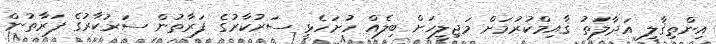
އިންތިޤާލީ އަދާލަތު ޤާއިމްކުރުމަށް މަޖިލީހަށް ބިލެއް ހުށަހެޅީ ސަރުކާރުގެ ފަރާތުން ސަރުކާރުގެ ފަރާތުން